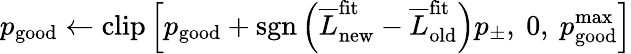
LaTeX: p_{\mathrm{good}}\leftarrow\mathrm{clip}\left[p_{\mathrm{good}}+\mathrm{sgn}\left(\overline{{L}}_{\mathrm{new}}^{\mathrm{fit}}-\overline{{L}}_{\mathrm{old}}^{\mathrm{fit}}\right)p_{\pm},\ 0,\ p_{\mathrm{good}}^{\mathrm{max}}\right]